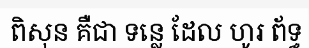
ពិសុន គឺជា ទន្លេ ដែល ហូរ ព័ទ្ធ